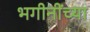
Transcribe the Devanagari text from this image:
भगीनींच्या